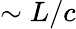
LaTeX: \sim L/c